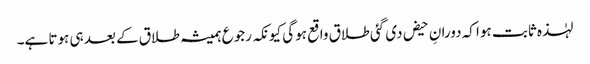
لہٰذہ ثابت ہوا کہ دورانِ حیض دی گئی طلاق واقع ہوگی کیونکہ رجوع ہمیشہ طلاق کے بعد ہی ہوتا ہے۔